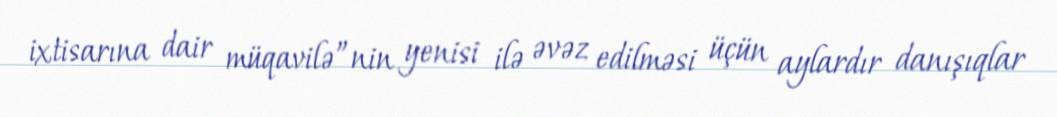
ixtisarına dair müqavilə”nin yenisi ilə əvəz edilməsi üçün aylardır danışıqlar